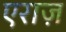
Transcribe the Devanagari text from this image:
एराज़